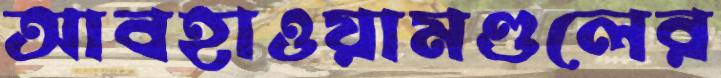
আবহাওয়ামণ্ডলের